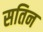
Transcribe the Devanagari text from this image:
सतिन